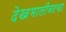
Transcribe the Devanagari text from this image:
देखभालीवरचा